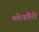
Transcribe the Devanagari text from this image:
ग्लेनगैरी